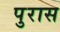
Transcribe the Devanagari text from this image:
पुरास